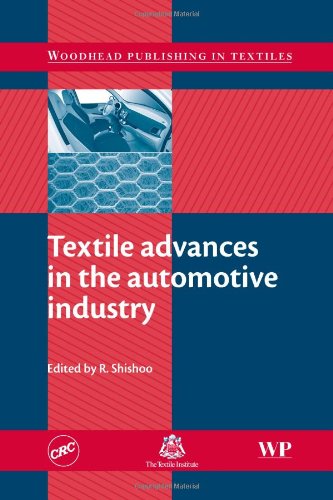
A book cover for Textile Advances in the Automotive Industry (Woodhead Publishing Series in Textiles); Engineering & Transportation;